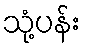
သုံ့ပန်း